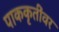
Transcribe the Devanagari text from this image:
पाककृतींवर